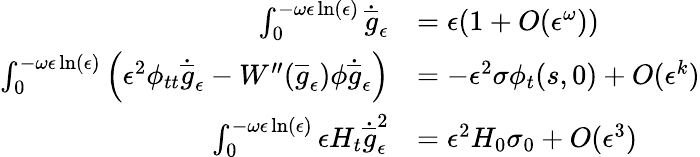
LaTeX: \begin{array}{rl}{\int_{0}^{-\omega\epsilon\ln(\epsilon)}\dot{\overline{{g}}}_{\epsilon}}&{=\epsilon(1+O(\epsilon^{\omega}))}\\ {\int_{0}^{-\omega\epsilon\ln(\epsilon)}\left(\epsilon^{2}\phi_{tt}\dot{\overline{{g}}}_{\epsilon}-W^{\prime\prime}(\overline{{g}}_{\epsilon})\phi\dot{\overline{{g}}}_{\epsilon}\right)}&{=-\epsilon^{2}\sigma\phi_{t}(s,0)+O(\epsilon^{k})}\\ {\int_{0}^{-\omega\epsilon\ln(\epsilon)}\epsilon H_{t}\dot{\overline{{g}}}_{\epsilon}^{2}}&{=\epsilon^{2}H_{0}\sigma_{0}+O(\epsilon^{3})}\end{array}